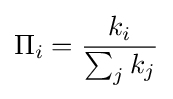
\Pi _{i}={\frac {k_{i}}{\sum _{j}k_{j}}}